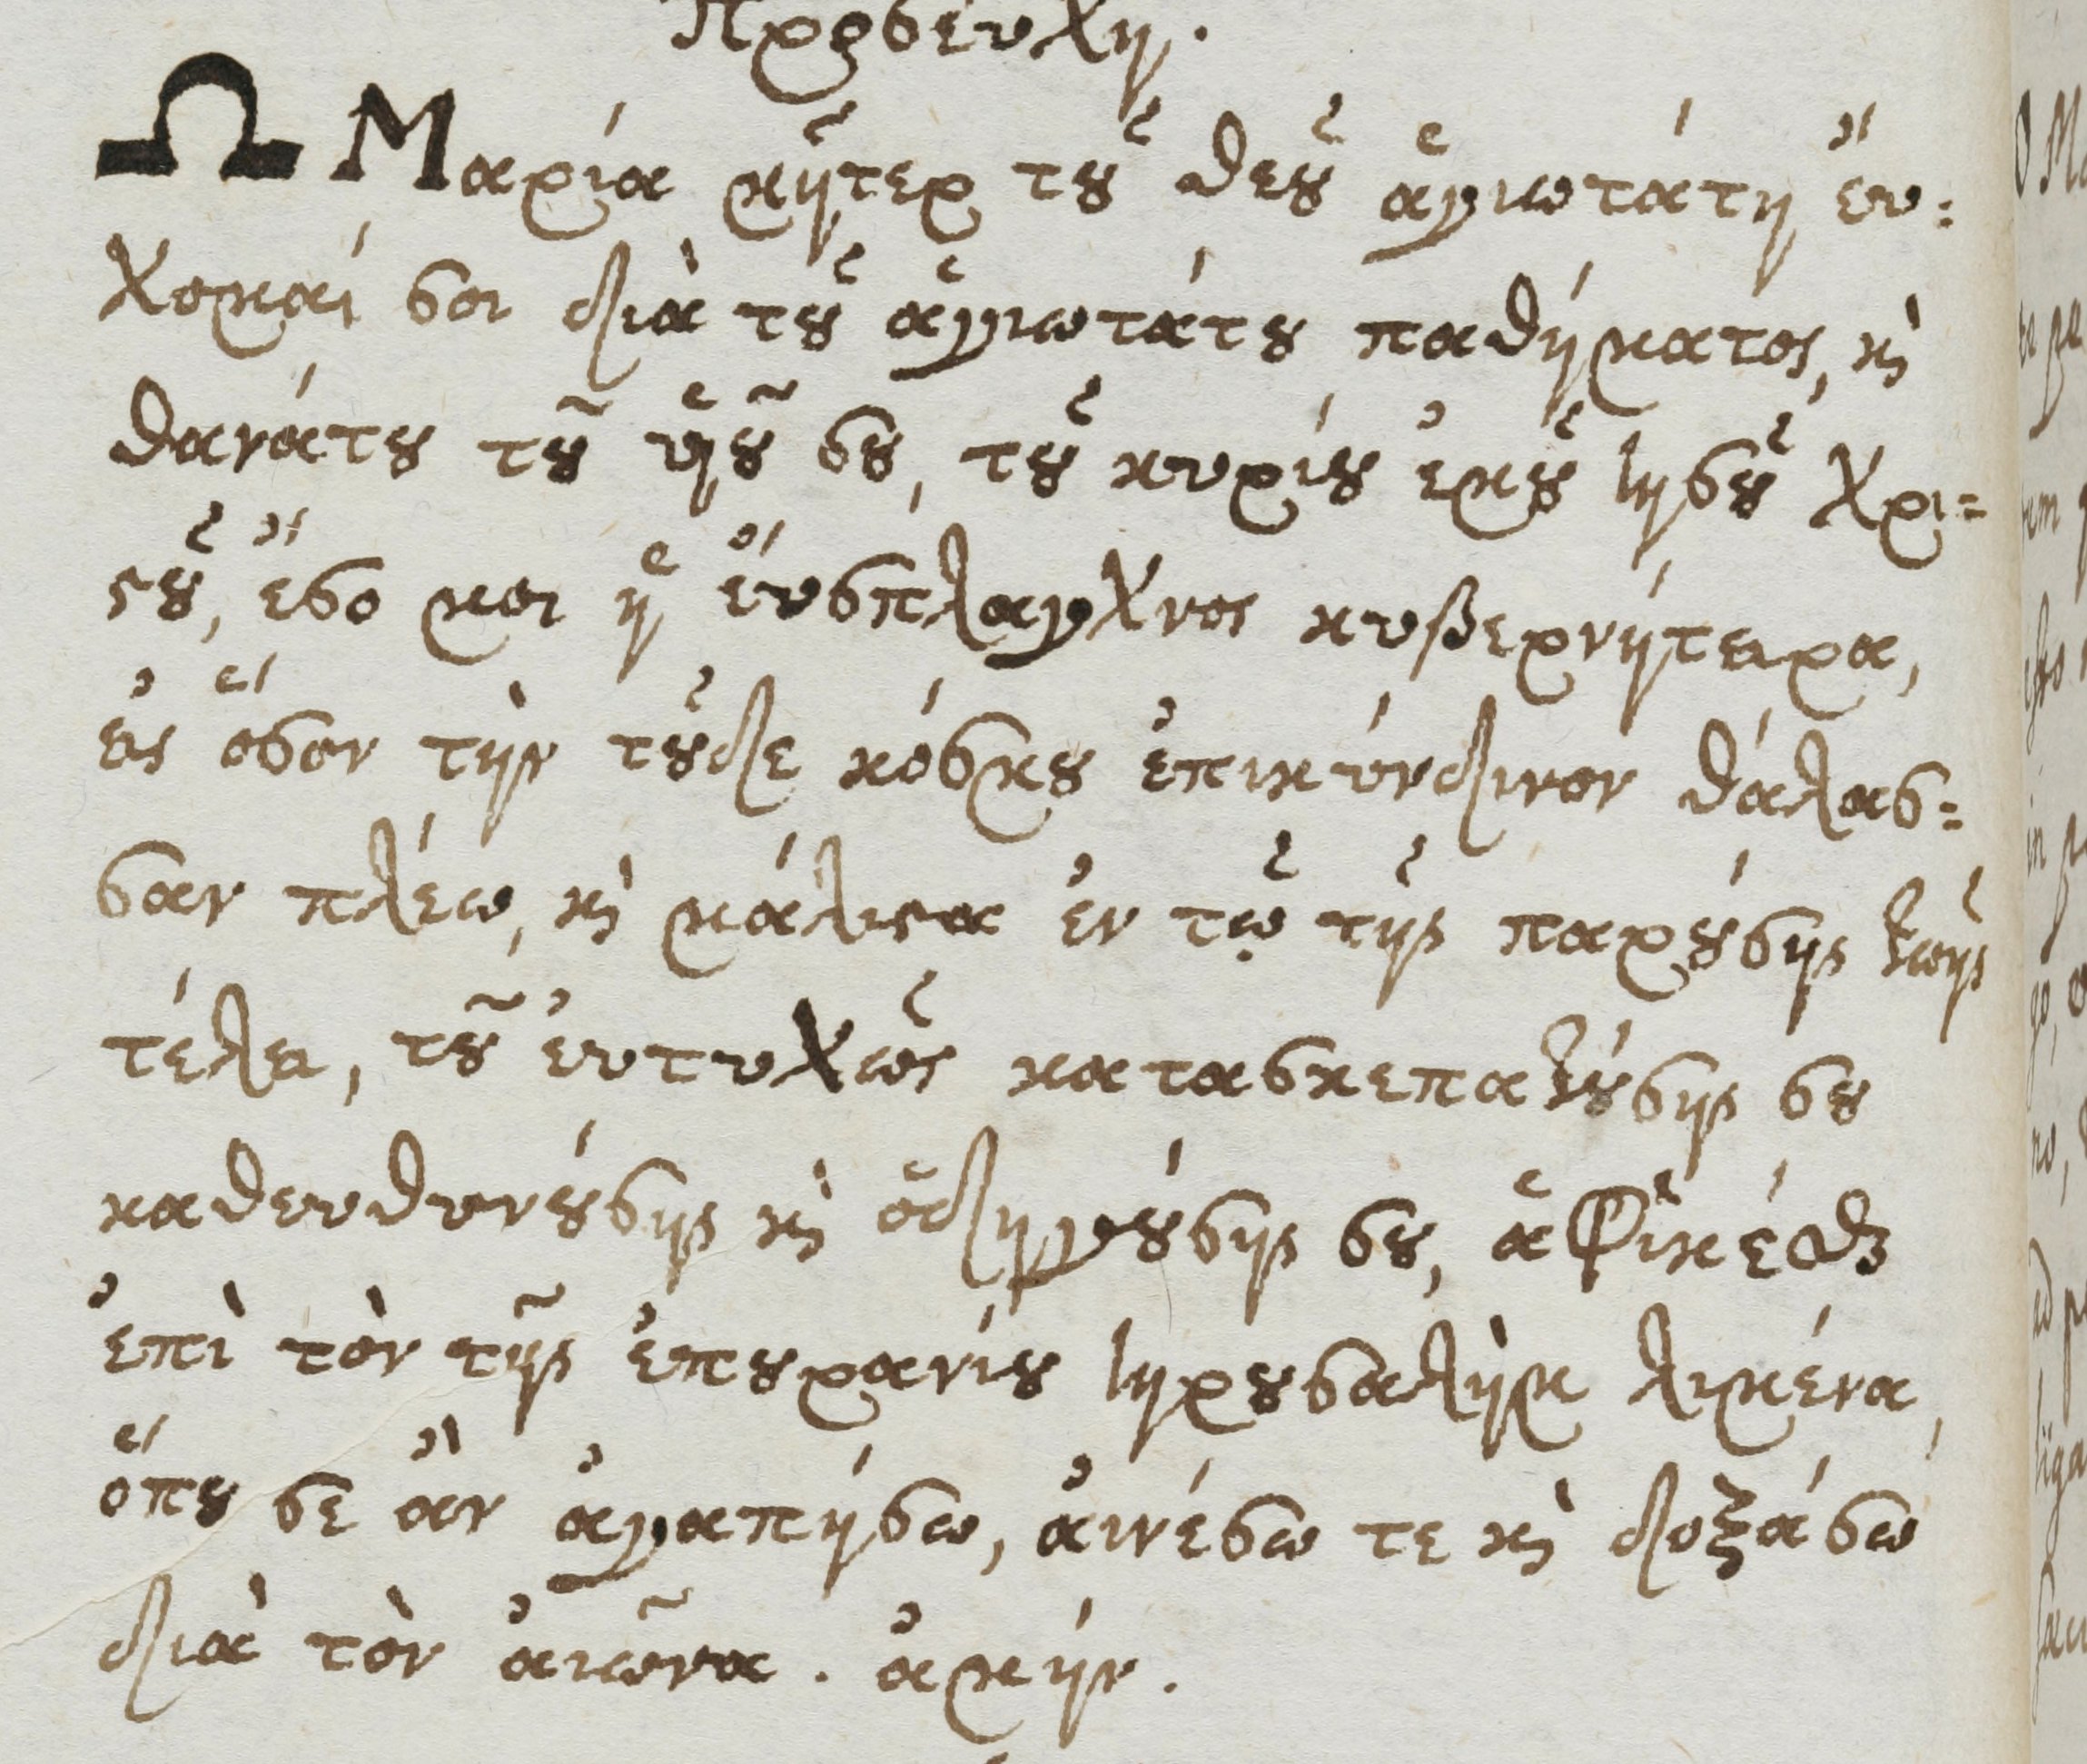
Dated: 1661–1661